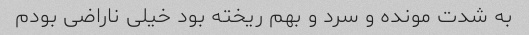
به شدت مونده و سرد و بهم ریخته بود خیلی ناراضی بودم